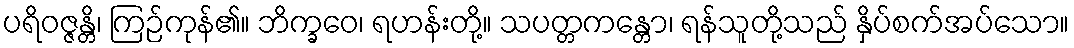
ပရိဝဇ္ဇန္တိ၊ ကြဉ်ကုန်၏။ ဘိက္ခဝေ၊ ရဟန်းတို့။ သပတ္တကန္တော၊ ရန်သူတို့သည် နှိပ်စက်အပ်သော။